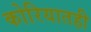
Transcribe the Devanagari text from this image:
कोरियातही